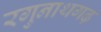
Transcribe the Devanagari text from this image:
रगुनाथगढ़